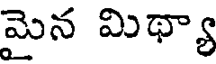
మైన మిథ్యా